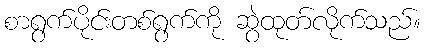
စာရွက်ပိုင်းတစ်ရွက်ကို ဆွဲထုတ်လိုက်သည်။